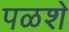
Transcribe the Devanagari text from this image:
पळशे